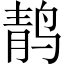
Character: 䴖